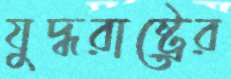
যুদ্ধরাষ্ট্রের